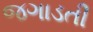
જગાડતી